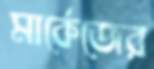
মার্কেজের